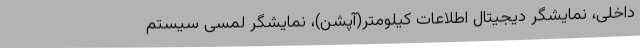
داخلی، نمایشگر دیجیتال اطلاعات کیلومتر(آپشن)، نمایشگر لمسی سیستم